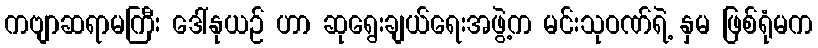
ကဗျာဆရာမကြီး ဒေါ်နုယဉ် ဟာ ဆုရွေးချယ်ရေးအဖွဲ့က မင်းသုဝဏ်ရဲ့ နှမ ဖြစ်ရုံမက